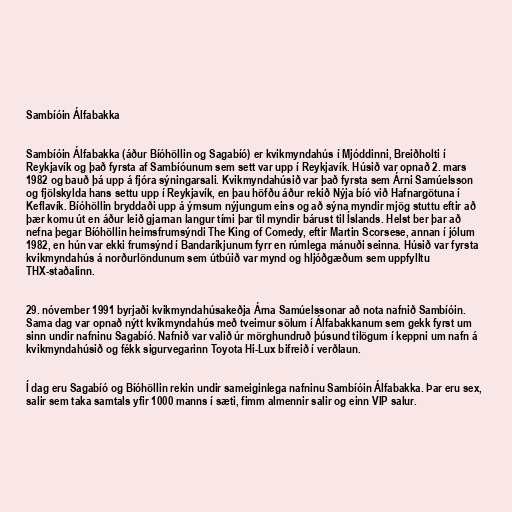
Sambíóin Álfabakka

Sambíóin Álfabakka (áður Bíóhöllin og Sagabíó) er kvikmyndahús í Mjóddinni, Breiðholti í
Reykjavík og það fyrsta af Sambíóunum sem sett var upp í Reykjavík. Húsið var opnað 2. mars
1982 og bauð þá upp á fjóra sýningarsali. Kvikmyndahúsið var það fyrsta sem Árni Samúelsson
og fjölskylda hans settu upp í Reykjavík, en þau höfðu áður rekið Nýja bíó við Hafnargötuna í
Keflavík. Bíóhöllin bryddaði upp á ýmsum nýjungum eins og að sýna myndir mjög stuttu eftir að
þær komu út en áður leið gjarnan langur tími þar til myndir bárust til Íslands. Helst ber þar að
nefna þegar Bíóhöllin heimsfrumsýndi The King of Comedy, eftir Martin Scorsese, annan í jólum
1982, en hún var ekki frumsýnd í Bandaríkjunum fyrr en rúmlega mánuði seinna. Húsið var fyrsta
kvikmyndahús á norðurlöndunum sem útbúið var mynd og hljóðgæðum sem uppfylltu
THX-staðalinn.

29. nóvember 1991 byrjaði kvikmyndahúsakeðja Árna Samúelssonar að nota nafnið Sambíóin.
Sama dag var opnað nýtt kvikmyndahús með tveimur sölum í Álfabakkanum sem gekk fyrst um
sinn undir nafninu Sagabíó. Nafnið var valið úr mörghundruð þúsund tilögum í keppni um nafn á
kvikmyndahúsið og fékk sigurvegarinn Toyota Hi-Lux bifreið í verðlaun.

Í dag eru Sagabíó og Bíóhöllin rekin undir sameiginlega nafninu Sambíóin Álfabakka. Þar eru sex,
salir sem taka samtals yfir 1000 manns í sæti, fimm almennir salir og einn VIP salur.